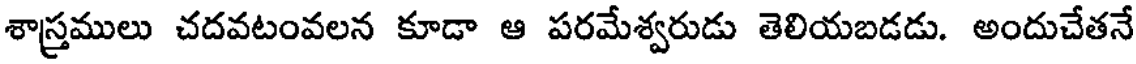
శాస్త్రములు చదవటంవలన కూడా ఆ పరమేశ్వరుడు తెలియబడడు. అందుచేతనే